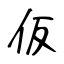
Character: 仮